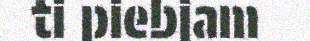
ti piebjam